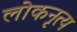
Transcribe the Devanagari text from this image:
लोकनृत्‍य